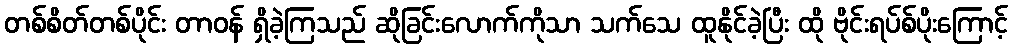
တစ်စိတ်တစ်ပိုင်း တာဝန် ရှိခဲ့ကြသည် ဆိုခြင်းလောက်ကိုသာ သက်သေ ထူနိုင်ခဲ့ပြီး ထို ဗိုင်းရပ်စ်ပိုးကြောင့်